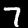
Label: 7